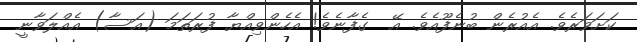
ކަށަވަރެވެ. އެއުރެން ބުނެފޫއެވެ. އޭ  ގެފާނެވެ! އެހެންވިއްޔާ ފުރަތަމަ (އަސާ) އެއްލަވާނީ